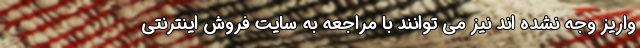
واریز وجه نشده اند نیز می توانند با مراجعه به سایت فروش اینترنتی